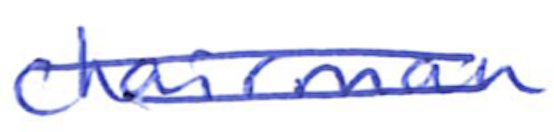
Text: chairman
Cross-out: double-line
Writing tool: ballpoint